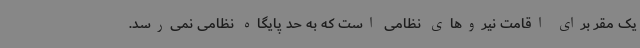
یک مقر برای اقامت نیروهای نظامی است که به حد پایگاه نظامی نمی‌رسد.